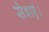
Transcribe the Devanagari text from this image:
सेवाएं।